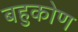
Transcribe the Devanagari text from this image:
बहुकोण